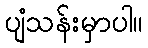
ပျံသန်းမှာပါ။